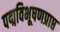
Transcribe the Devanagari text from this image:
पद्मविभूषणप्राप्त